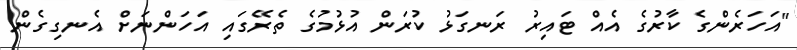
"އަހަރެންގެ ކާރުގެ އެއް ޓައިރު ރަނގަޅު ކުރަން އުޅުމުގެ ތެރޭގައި އަހަންނަށް އެނގިގެން